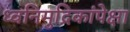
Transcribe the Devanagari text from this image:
ध्वनिमुद्रिकांपेक्षा